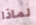
لماذا